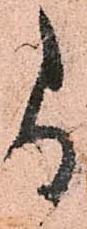
尚